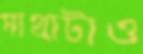
মাথাটাও